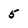
Character: 5